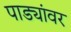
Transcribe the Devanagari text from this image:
पाड्यांवर